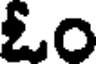
ఓం